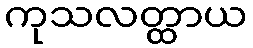
ကုသလတ္ထာယ